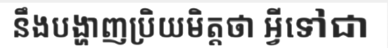
នឹងបង្ហាញប្រិយមិត្តថា អ្វីទៅជា